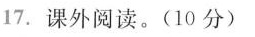
17.课外阅读。(10分)